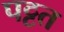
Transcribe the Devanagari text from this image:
पट्टत